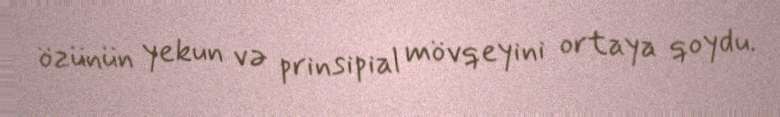
özünün yekun və prinsipial mövqeyini ortaya qoydu.